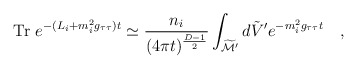
\begin{align*}\mbox{Tr}~e^{-(L_i+m_i^2g_{\tau\tau}) t}\simeq {n_i \over (4\pi t)^{{D-1 \over2}}}\int_{\widetilde{\cal M}'}d\tilde{V}' e^{-m_i^2g_{\tau\tau}t}~~~,\end{align*}